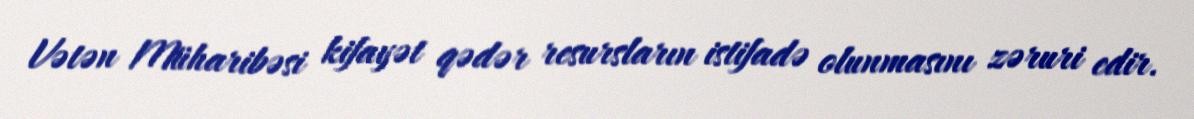
Vətən Müharibəsi kifayət qədər resursların istifadə olunmasını zəruri edir.